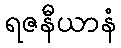
ရဇနီယာနံ